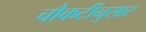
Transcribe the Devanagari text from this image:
चौकटीनुसार